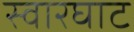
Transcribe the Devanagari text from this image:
स्‍वारघाट